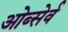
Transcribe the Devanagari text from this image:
ओब्सेर्व